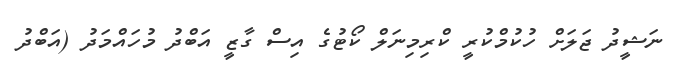
ނަޝީދު ޖަލަށް ހުކުމްކުރީ ކްރިމިނަލް ކޯޓުގެ އިސް ގާޒީ އަބްދު މުހައްމަދު (އަބްދު